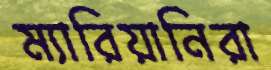
ম্যারিয়ানিরা